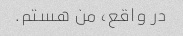
در واقع، من هستم.